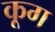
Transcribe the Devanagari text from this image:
कूग